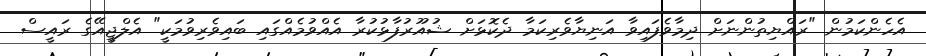
އެހެންކަމުން "ރައްޔިތުންނަށް ދިމާވެފައިވާ އަނިޔާވެރިކަމާ ދެކޮޅަށް ޝުއޫރުފާޅުކުރާ އެއްވުމެއްގައި ބައިވެރިވުމަކީ" އެލްޖީއޭގެ ރައީސް